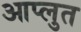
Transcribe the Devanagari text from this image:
आप्लुत